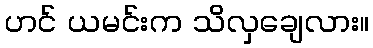
ဟင် ယမင်းက သိလှချေလား။